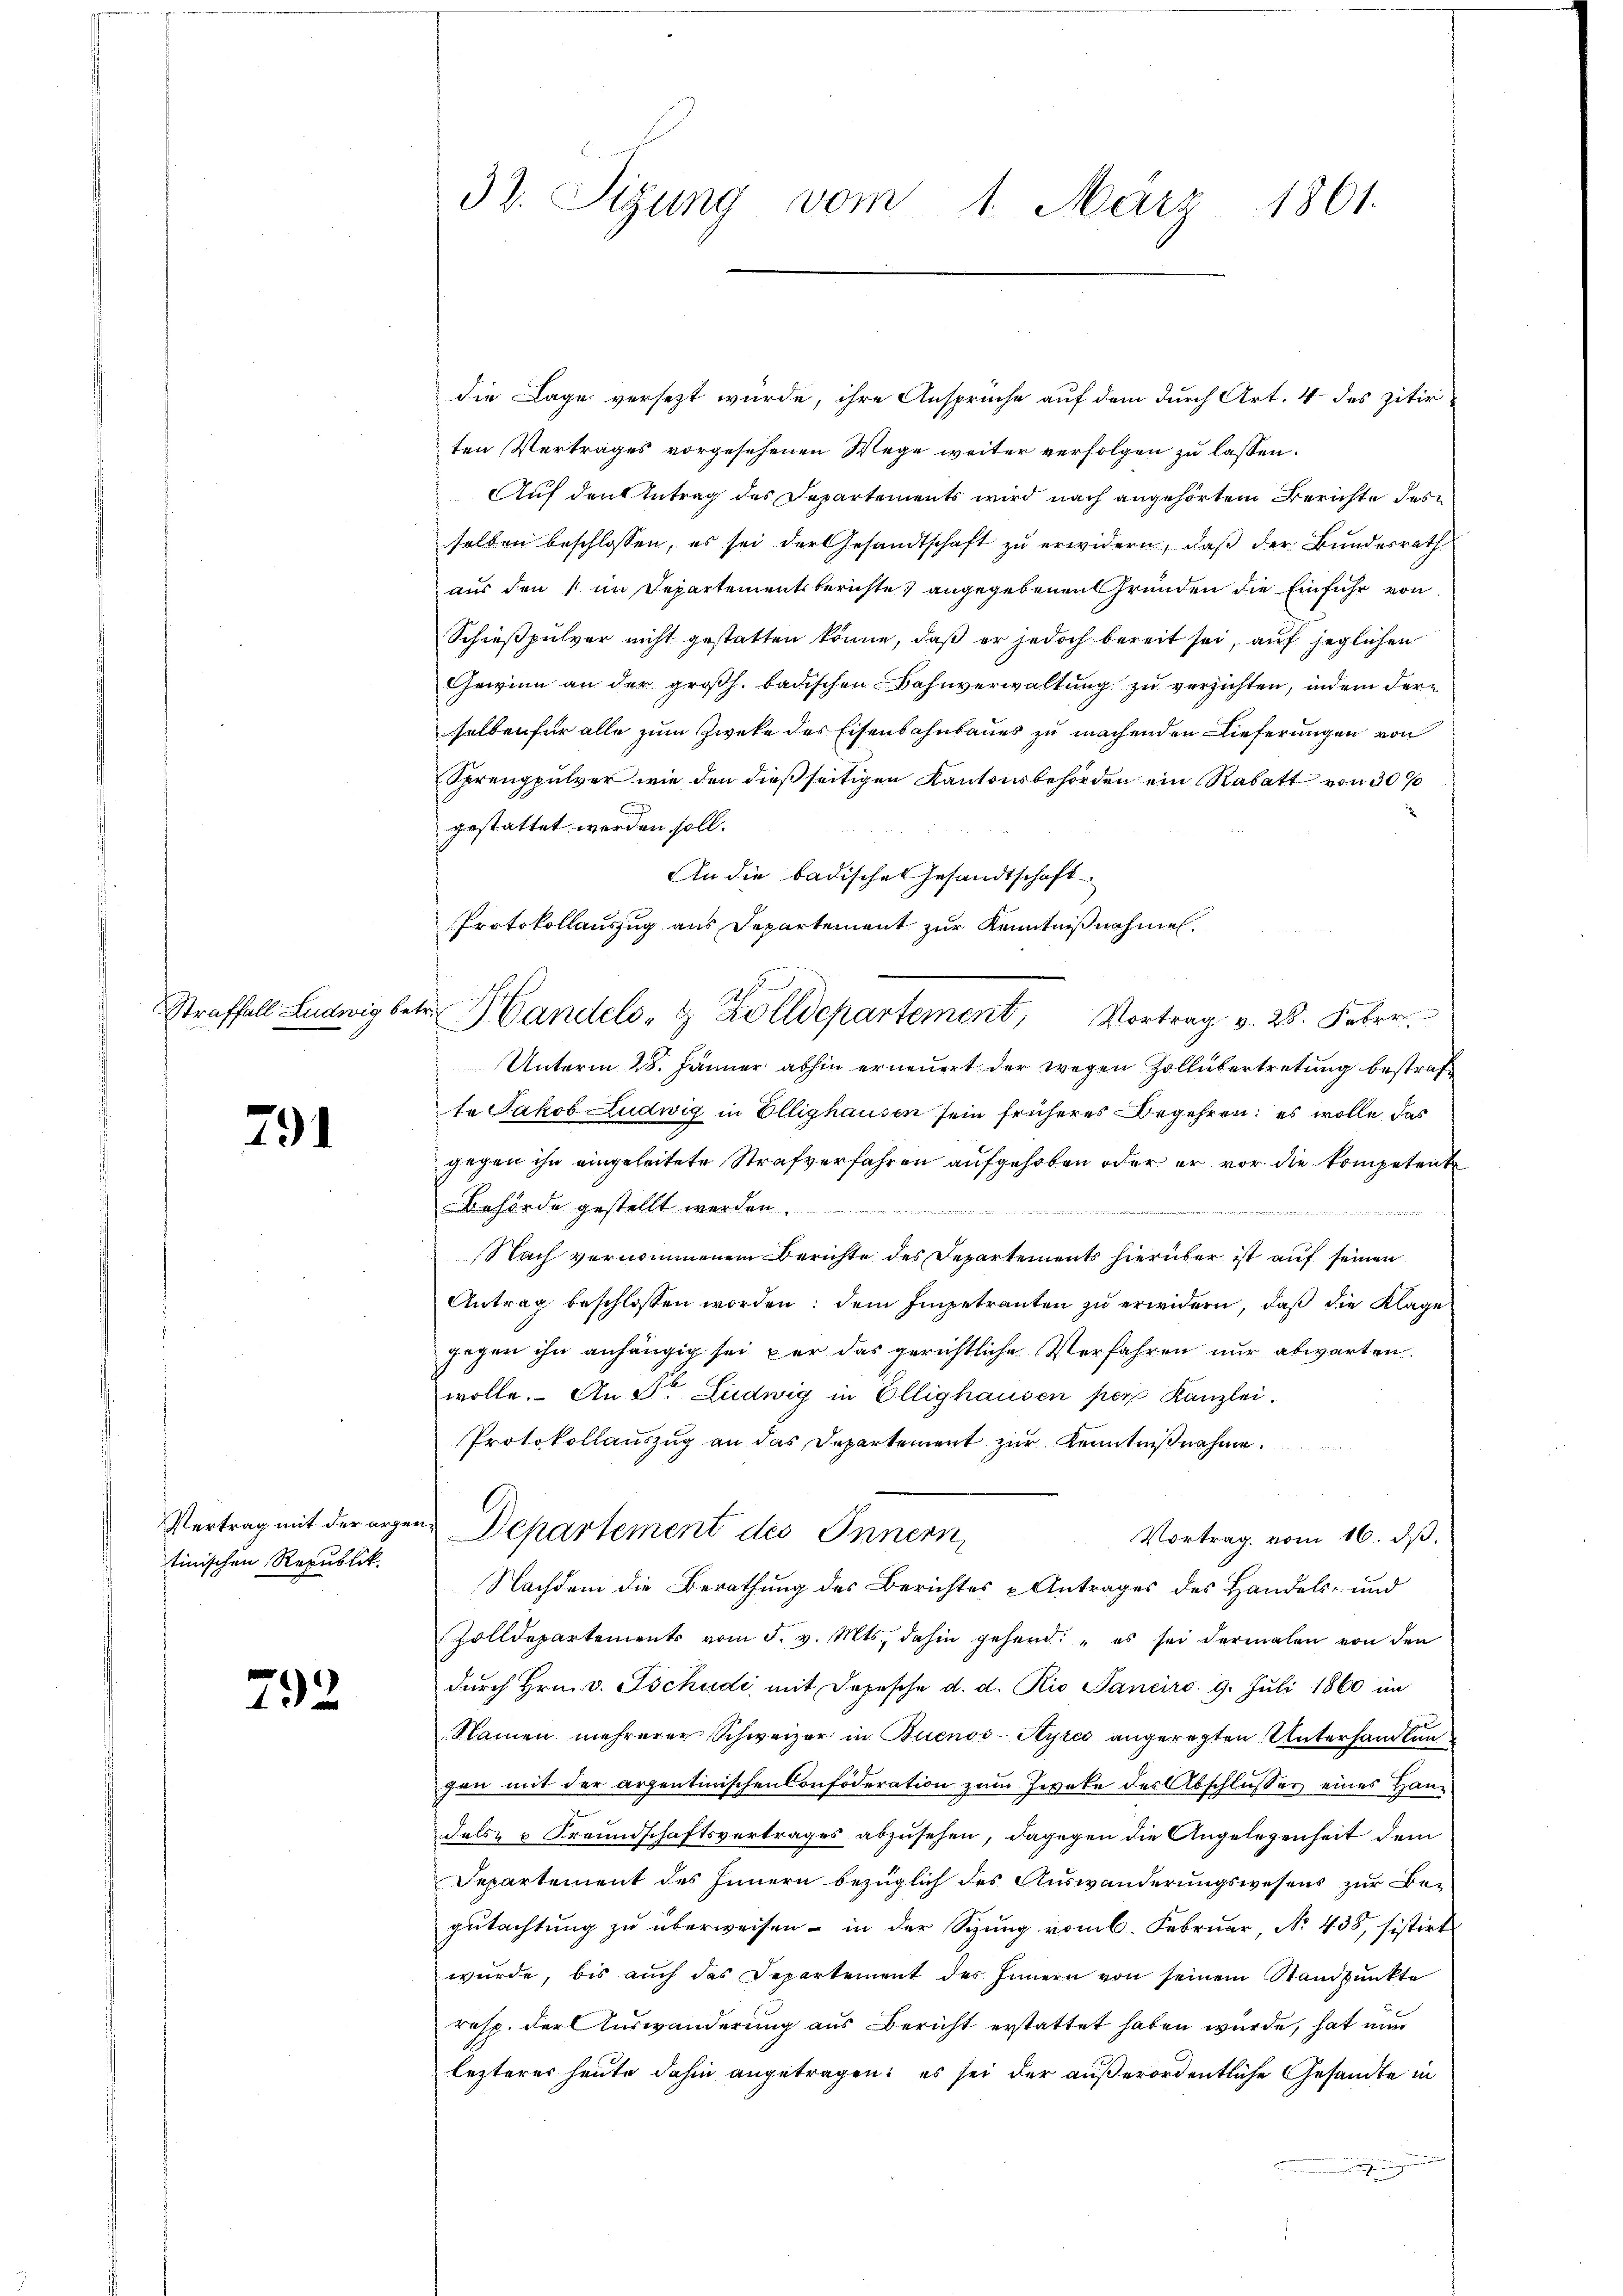
Straffall Ludwig betr.

791

tinischen Republik

792

die Lage versezt wurde, ihre Ansprüche auf dem durch Art. 4 des zitir-
ten Vertrages vorgesehenen Wege weiter verfolgen zu lassen.
Auf den Antrag des Departements wird nach angehörtem Berichte des
selben beschlossen, es sei der Gesandtschaft zu erwidern, daß der Bundesrath
aus den 11 im Departementsberichte) angegebenen Gründen die Einfuhr von
Schießpulver nicht gestatten könne, daß er jedoch bereit sei, auf jeglichen
Gewinn an der großh. badischen Bahnverwaltung zu verzichten, indem der
selben für alle zum Zweke des Eisenbahnbaues zu machenden Lieferungen von
Sprengpulver wie den dießseitigen Kantonsbehörden ein Rabatt von 30%
gestattet werden soll.
An die badisches Gesandtschaft
Protokollauszug aus Departement zur Kenntnißnahmen.
Unterm 28. Jänner abhin erneuert der wegen Zollübertretung bestraf
te Jakob Ludwig in Ellighausen sein früheres Begehren; es wolle das
gegen ihn eingeleitete Strafverfahren aufgehoben oder er vor die Kompetente
Behörde gestellt werden
e
slach vernommenem Berichte des Departements hierüber ist auf seinen
Antrag beschlossen worden: dem Impetranten zu erwidern, daß die Klage
gegen ihn anhängig sei par das gerichtliche Verfahren nur abwarten.
wolle. An Sr. Ludwig in Ellighausen per Kanzlei.
Protokollauszug an das Departement zur Kenntnißnahme.
Vertrag mit der erzen Departement des Innern,
Vortrag vom 16. dβ.
Nachdem die Berathung des Berichtes Antrages des Handels- und
Zolldepartements vom 5. v. Mts. dahin gehend: es sei dermalen von den
durch Hrn. v. Tschudi mit Depesche d. d. Rio Janeiro 9. Juli 1860 im
Namen mehrerer Schweizer in Buenos-Ayres angeregten Unterhandlungen mit der arzentinischen Confoderation zum Zweke des Abschlusses eines Handels- u Freundschaftsvertrages abzusehen, dagegen die Angelegenheit dem
Departement des Innern bezüglich des Auswanderungswesens zur Begutachtung zu überweisen – in der Sitzung vom 6. Februar, No 438, sistirt
würde, bis auch das Departement des Innern von seinem Standpŭnkte
resp. der Auswanderung aus Bericht erstattet haben wurde, hat nun
lezteres heute dahin angetragen: es sei der außerordentliche Gesandte in

32. Sizung vom 1. März 1801.

Handels- & Zolldepartement, Vortrag v. 28. Feber.